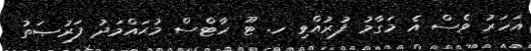
އަހަރު ވެސް އެ މަގާމު ފުރުއްވި ހ. ޓޫ ހާޓްސް މުޙައްމަދު ފަރުޞަތު